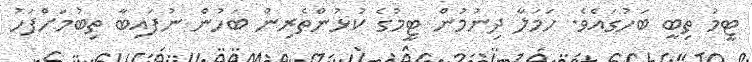
ޓީމު ތިބީ ބަހުގައެވެ. ހަމަލާ ދިނުމުން ޓީމުގެ ކުޅުންތެރިން ބަހުން ނުފައިބާ ތިބުމަށްފަހު